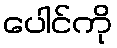
ပေါင်ကို